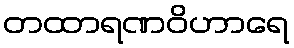
တထာရဏဝိဟာရေ